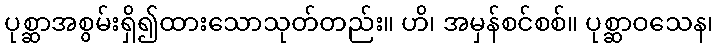
ပုစ္ဆာအစွမ်းရှိ၍ထားသောသုတ်တည်း။ ဟိ၊ အမှန်စင်စစ်။ ပုစ္ဆာဝသေန၊